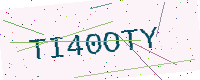
Text: TI40OTY